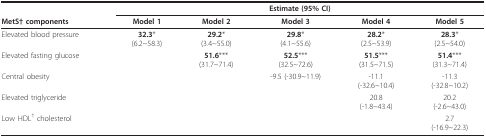
<table><thead><tr><td></td><td colspan="5"><b>Estimate (95% CI)</b></td></tr><tr><td><b>MetS† components</b></td><td><b>Model 1</b></td><td><b>Model 2</b></td><td><b>Model 3</b></td><td><b>Model 4</b></td><td><b>Model 5</b></td></tr></thead><tbody><tr><td>Elevated blood pressure</td><td><b>32.3</b>*(6.2~58.3)</td><td><b>29.2</b>*(3.4~55.0)</td><td><b>29.8</b>*(4.1~55.6)</td><td><b>28.2</b>*(2.5~53.9)</td><td><b>28.3</b>*(2.5~54.0)</td></tr><tr><td>Elevated fasting glucose</td><td></td><td><b>51.6</b>***(31.7~71.4)</td><td><b>52.5</b>***(32.5~72.6)</td><td><b>51.5</b>***(31.5~71.5)</td><td><b>51.4</b>***(31.3~71.4)</td></tr><tr><td>Central obesity</td><td></td><td></td><td>-9.5 (-30.9~11.9)</td><td>-11.1(-32.6~10.4)</td><td>-11.3(-32.8~10.2)</td></tr><tr><td>Elevated triglyceride</td><td></td><td></td><td></td><td>20.8(-1.8~43.4)</td><td>20.2(-2.6~43.0)</td></tr><tr><td>Low HDL<sup>† </sup>cholesterol</td><td></td><td></td><td></td><td></td><td>2.7(-16.9~22.3)</td></tr></tbody></table>